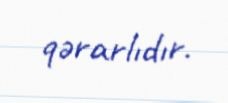
qərarlıdır.